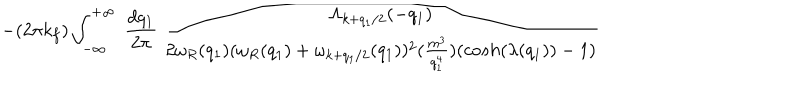
- ( 2 \pi k _ { f } ) \int _ { - \infty } ^ { + \infty } \mathrm { ~ } \frac { d q _ { 1 } } { 2 \pi } \mathrm { ~ } \frac { \Lambda _ { k + q _ { 1 } / 2 } ( - q _ { 1 } ) } { 2 \omega _ { R } ( q _ { 1 } ) ( \omega _ { R } ( q _ { 1 } ) + \omega _ { k + q _ { 1 } / 2 } ( q _ { 1 } ) ) ^ { 2 } ( \frac { m ^ { 3 } } { q _ { 1 } ^ { 4 } } ) ( c o s h ( \lambda ( q _ { 1 } ) ) - 1 ) }